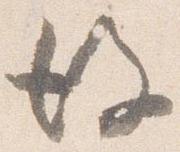
後